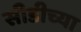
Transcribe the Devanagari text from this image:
सीडीच्या